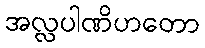
အလ္လပါဏိဟတော